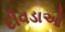
દીવડાઓ